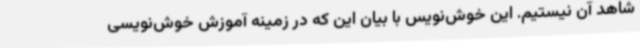
شاهد آن نیستیم. این خوش‌نویس با بیان این که در زمینه آموزش خوش‌نویسی